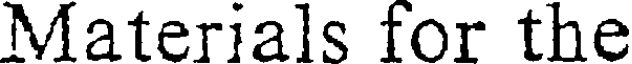
Materials for the